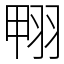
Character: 翈